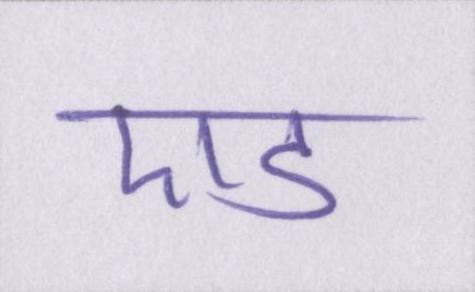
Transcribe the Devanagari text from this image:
एड